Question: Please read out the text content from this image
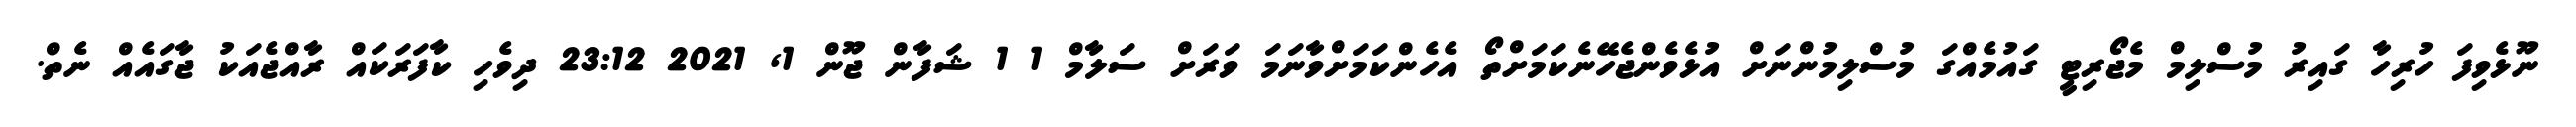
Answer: ނޫޅެވިފަ ހުރިހާ ގައިރު މުސްލިމް މެޖޯރިޓީ ގައުމެއްގަ މުސްލިމުންނަށް އުޅެވެންޖެހޭނެކަމަށްތޯ އެހެންކަމަށްވާނަމަ ވަރަށް ސަލާމް 1 1 ޝަފާން ޖޫން 1, 2021 23:12 ދިވެހި ކާފަރަކައް ރާއްޖެއަކު ޖާގައެއް ނެތް.